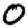
Digit: 0